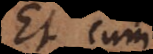
Et cum